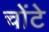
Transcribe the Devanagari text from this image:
चोंटे